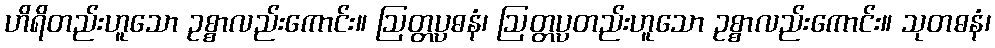
ဟိရိတည်းဟူသော ဥစ္စာလည်းကောင်း။ ဩတ္တပ္ပဓနံ၊ ဩတ္တပ္ပတည်းဟူသော ဥစ္စာလည်းကောင်း။ သုတဓနံ၊